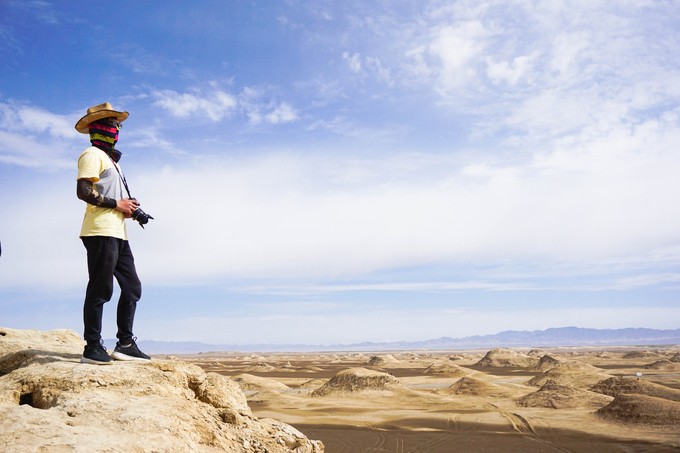
数里黄沙行客路，不堪回首思秦原。